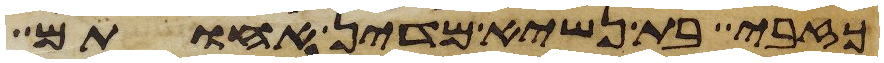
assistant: כזבי בת נשיא מדין אחותם